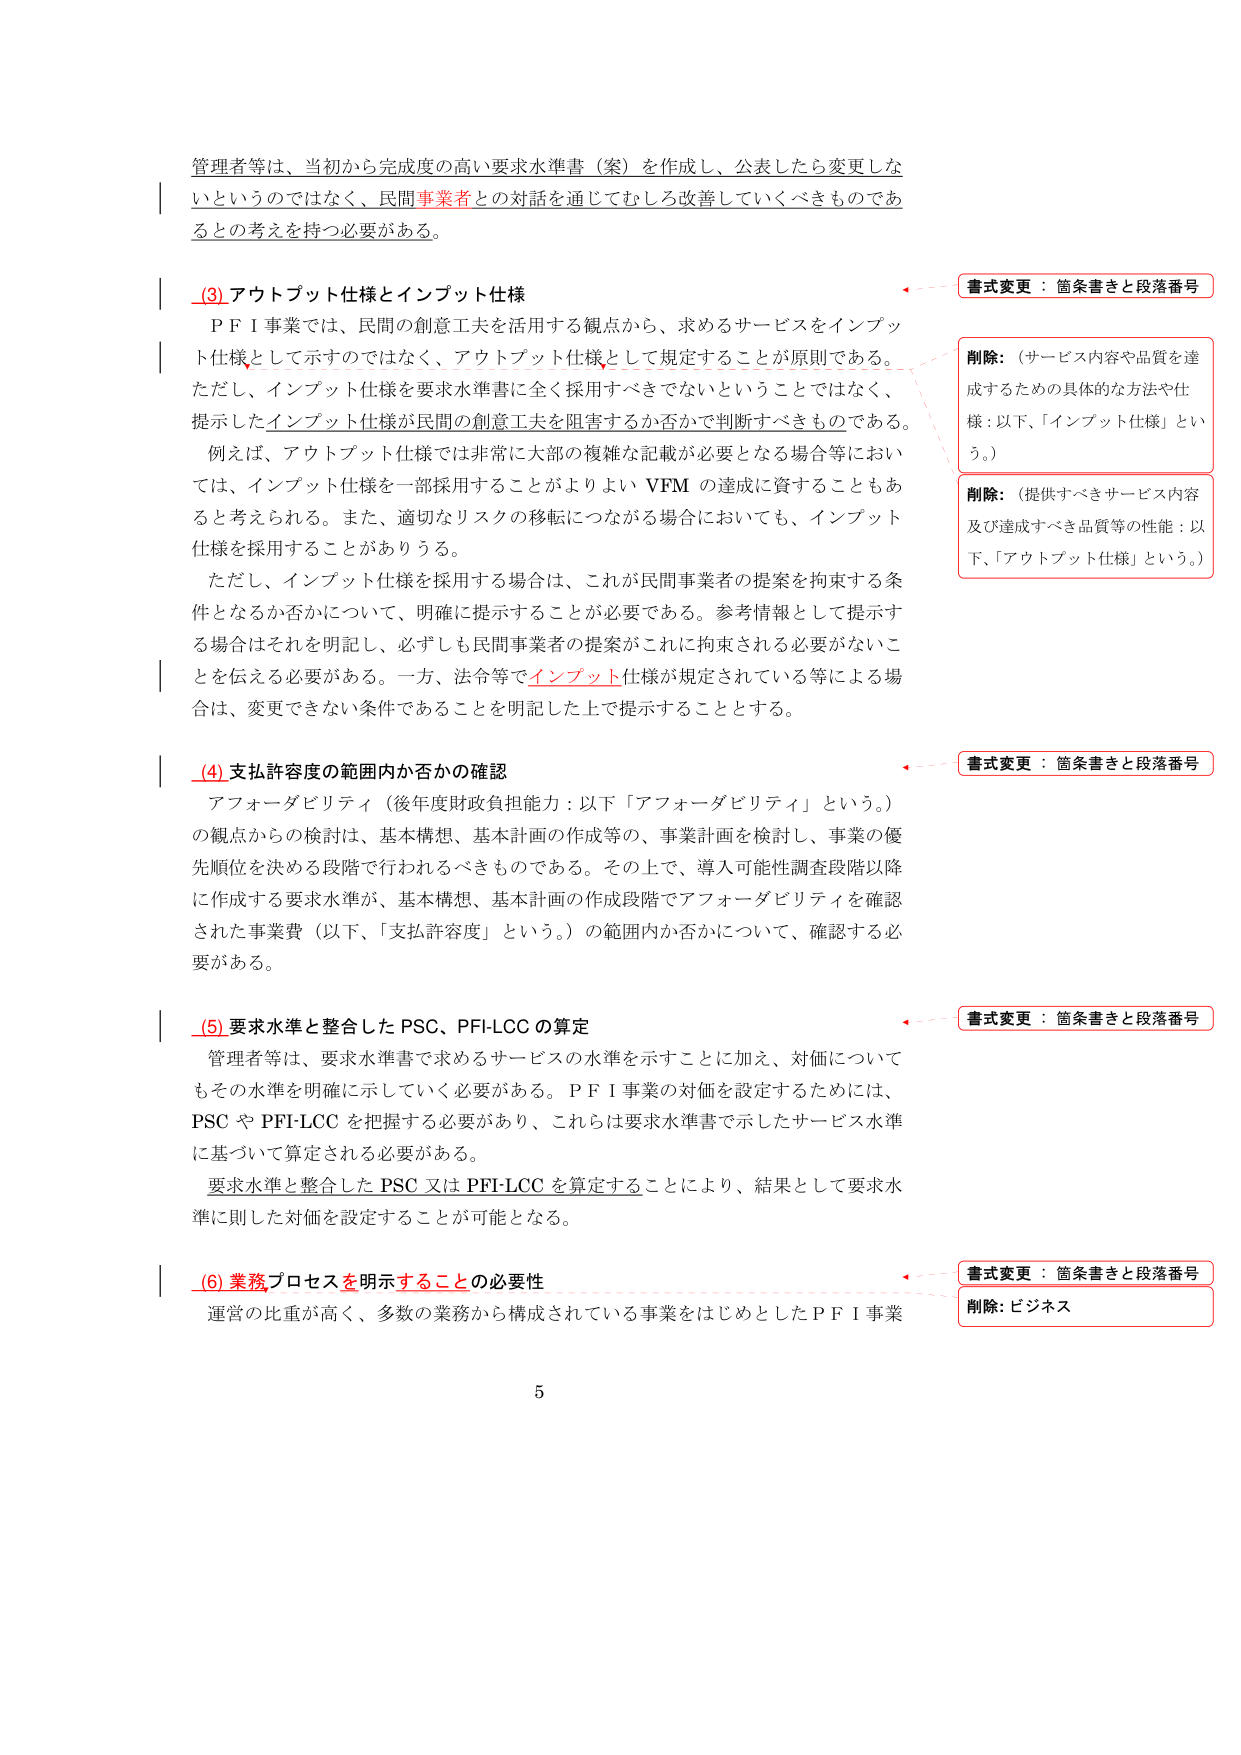
管理者等は、当初から完成度の高い要求水準書（案）を作成し、公表したら変更しないというのではなく、民間事業者との対話を通じてむしろ改善していくべきものであるとの考えを持つ必要がある。

(3) アウトプット仕様とインプット仕様
ＰＦＩ事業では、民間の創意工夫を活用する観点から、求めるサービスをインプット仕様として示すのではなく、アウトプット仕様として規定することが原則である。ただし、インプット仕様を要求水準書に全く採用すべきでないということではなく、提示したインプット仕様が民間の創意工夫を阻害するか否かで判断すべきものである。例えば、アウトプット仕様では非常に大部の複雑な記載が必要となる場合等においては、インプット仕様を一部採用することがよりよいＶＦＭの達成に資することもあると考えられる。また、適切なリスクの移転につながる場合においても、インプット仕様を採用することがありうる。ただし、インプット仕様を採用する場合は、これが民間事業者の提案を拘束する条件となるか否かについて、明確に提示することが必要である。参考情報として提示する場合はそれを明記し、必ずしも民間事業者の提案がこれに拘束される必要がないことを伝える必要がある。一方、法令等でインプット仕様が規定されている等による場合は、変更できない条件であることを明記した上で提示することとする。

(4) 支払許容度の範囲内か否かの確認
アフォーダビリティ（後年度財政負担能力：以下「アフォーダビリティ」という。）の観点からの検討は、基本構想、基本計画の作成等の、事業計画を検討し、事業の優先順位を決める段階で行われるべきものである。その上で、導入可能性調査段階以降に作成する要求水準が、基本構想、基本計画の作成段階でアフォーダビリティを確認された事業費（以下、「支払許容度」という。）の範囲内か否かについて、確認する必要がある。

(5) 要求水準と整合したＰＳＣ、ＰＦＩ-ＬＣＣの算定
管理者等は、要求水準書で求めるサービスの水準を示すこと加え、対価についてもその水準を明確に示していく必要がある。ＰＦＩ事業の対価を設定するためには、ＰＳＣやＰＦＩ-ＬＣＣを把握する必要があり、これらは要求水準書で示したサービス水準に基づいて算定される必要がある。要求水準と整合したＰＳＣ又はＰＦＩ-ＬＣＣを算定することにより、結果として要求水準に則した対価を設定することが可能となる。

(6) 業務プロセスを明示することの必要性
運営の比重が高く、多数の業務から構成されている事業をはじめとしたＰＦＩ事業

書式変更：箇条書きと段落番号
削除：（サービス内容や品質を達成するための具体的な方法や仕様：以下、「インプット仕様」という。）
削除：（提供すべきサービス内容及び達成すべき品質等の性能：以下、「アウトプット仕様」という。）
書式変更：箇条書きと段落番号
書式変更：箇条書きと段落番号
削除：ビジネス

5